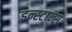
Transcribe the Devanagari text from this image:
इन्स्टान्स